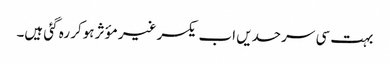
بہت سی سرحدیں اب یکسر غیر مؤثر ہوکر رہ گئی ہیں۔